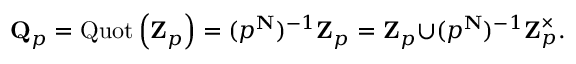
\mathbf { Q } _ { p } = \operatorname { Q u o t } \left( \mathbf { Z } _ { p } \right) = ( p ^ { \mathbf { N } } ) ^ { - 1 } \mathbf { Z } _ { p } = \mathbf { Z } _ { p } { \cup } ( p ^ { \mathbf { N } } ) ^ { - 1 } \mathbf { Z } _ { p } ^ { \times } .